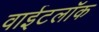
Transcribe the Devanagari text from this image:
वाईटलॉक